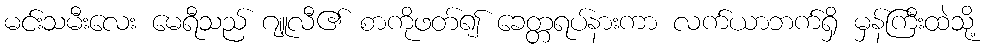
မင်းသမီးလေး မေရီသည် ဂျူလီ၏ စာကိုဖတ်၍ ခေတ္တရပ်နားကာ လက်ယာဘက်ရှိ မှန်ကြီးထဲသို့